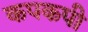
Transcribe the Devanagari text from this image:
कपकपी